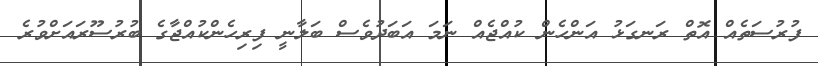
ފުރުސަތެއް އޮތް ރަނގަޅު އަންހެން ކުއްޖެއް ނަމަ އަބަދުވެސް ބަލާނީ ފިރިހެންކުއްޖާގެ ބުރުސޫރައަށްވުރެ